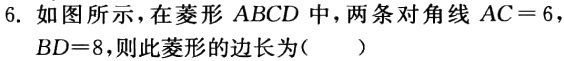
6. 如图所示，在菱形 \(ABCD\) 中，两条对角线 \(AC = 6\)，\(BD = 8\)，则此菱形的边长为（  ）